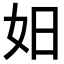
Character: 𪥨